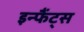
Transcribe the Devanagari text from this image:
इन्फैंट्स